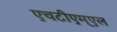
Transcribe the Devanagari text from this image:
एचटीएम्एल